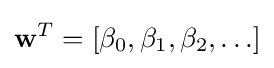
\mathbf {w} ^{T}=[\beta _{0},\beta _{1},\beta _{2},\ldots ]